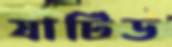
যাটিড